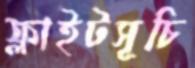
ফ্লাইটসূচি